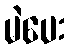
မဲပေး